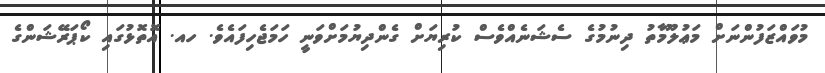
މުވައްޒަފުންނަށް މަޢުލޫމާތު ދިނުމުގެ ސެޝަނެއްވެސް ކުރިޔަށް ގެންދިޔުމަށްވަނީ ހަމަޖެހިފައެވެ. ހއ. އޮތޮޅުގައި ކޯޕަރޭޝަންގެ